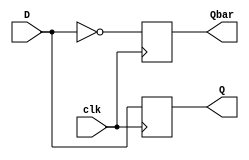
`timescale 1ns / 1ps
//////////////////////////////////////////////////////////////////////////////////
// Company: 
// Engineer: 
// 
// Design Name: 
// Module Name: DFD
// Project Name: 
// Target Devices: 
// Tool Versions: 
// Description: 
// 
// Dependencies: 
// 
// Revision:
// Revision 0.01 - File Created
// Additional Comments:
// 
//////////////////////////////////////////////////////////////////////////////////


module DFD(Q, Qbar, D, clk);
input D, clk;
output reg Q, Qbar;

// always block
always @(posedge clk)
begin
    Q <= D;
    Qbar <= ~ D; 
end 


endmodule


module DFF_TB;
 reg D, clk;
wire Q, Qbar;

DFD inst0(Q, Qbar, D, clk);

initial
begin
clk = 0; D = 1;
end 

always 
begin
#10 clk = ~ clk;
end 

always
#6  D = ~ D;


initial
#150 $stop;


   
endmodule